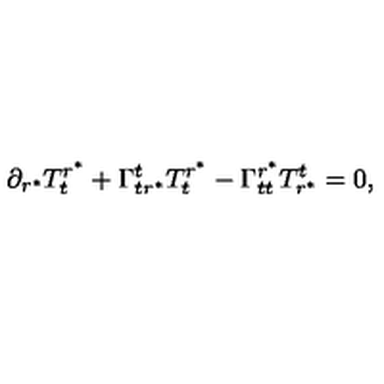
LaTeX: \partial _ { r ^ { \ast } } { T _ { t } ^ { r ^ { \ast } } } + \Gamma _ { t r ^ { \ast } } ^ { t } T _ { t } ^ { r ^ { \ast } } - \Gamma _ { t t } ^ { r ^ { \ast } } T _ { r ^ { \ast } } ^ { t } = 0 ,